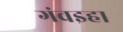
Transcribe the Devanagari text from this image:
गंवइहा